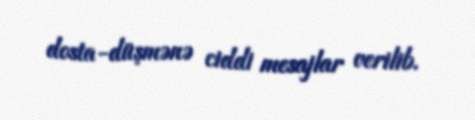
dosta-düşmənə ciddi mesajlar verilib.